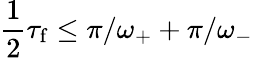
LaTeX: \frac{1}{2}\tau_{\mathrm{f}}\leq\pi/\omega_{+}+\pi/\omega_{-}